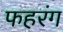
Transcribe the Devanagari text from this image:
फहरंग